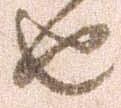
由